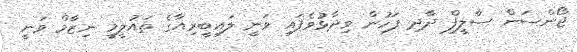
ޖޯންސަން ސާލީފް ދާދި ފަހުން ވިދާޅުވެފައި ވަނީ ލައިބީރިއާގެ ތައުލީމީ ނިޒާމް ވަނީ